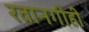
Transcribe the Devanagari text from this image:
रवानगीही